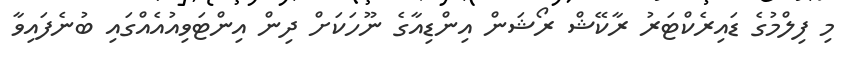
މި ފިލްމުގެ ޑައިރެކްޓަރު ރާކޭޝް ރޯޝަން އިންޑިއާގެ ނޫހަކަށް ދިން އިންޓަވިއުއެއްގައި ބުނެފައިވާ